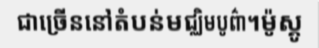
ជាច្រើននៅតំបន់មជ្ឈិមបូព៌ា។ម៉ូស្គូ